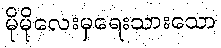
မိုမိုလေးမှရေးသားသော